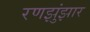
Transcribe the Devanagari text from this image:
रणझुंझार